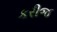
કરીજ